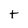
Character: t